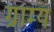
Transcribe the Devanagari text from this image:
ग्राम्‍य